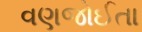
વણજોઈતા